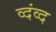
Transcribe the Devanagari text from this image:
व्दंव्द